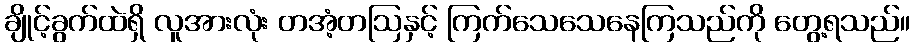
ချိုင့်ခွက်ထဲရှိ လူအားလုံး တအံ့တဩနှင့် ကြက်သေသေနေကြသည်ကို တွေ့ရသည်။